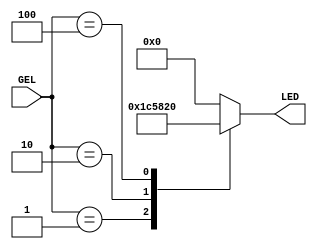
`timescale 1ns / 1ps
//////////////////////////////////////////////////////////////////////////////////
// Module Name: GEL2LED
// Revision 0.01 - File Created
//////////////////////////////////////////////////////////////////////////////////
module GEL2LED(
    input [2:0] GEL,
    output reg [6:0] LED
    );
    
    always @(*)
        begin
            case(GEL)       //ABCDEFG
            3'b001 : LED = 7'b1110001;  //Less than
            3'b010 : LED = 7'b0110000;  //Equal to
            3'b100 : LED = 7'b0100000;  //Greater than
            default : LED = 7'b0000000; //default all on
            endcase
        end    
endmodule